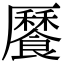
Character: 𩞨